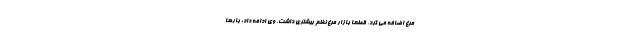
مرغ اضافه می کرد، قطعا بازار مرغ نظم بیشتری داشت. وی ادامه داد: بارها